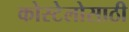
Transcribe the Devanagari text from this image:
कोस्टेलोसाठी